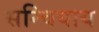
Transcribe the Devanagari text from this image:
सन्चियाय